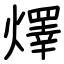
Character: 燡